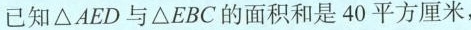
已知△AED与△EBC的面积和是40平方厘米，